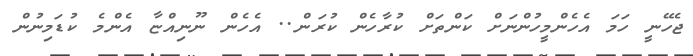
ޖެހޭނީ ހަމަ އެހެންމީހުންނަށް ކަންތަށް ކުރާހެން ކުރަން.. އެހެން ނޫނިއްޏާ އެންމެ ކުޑަމިނުން